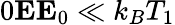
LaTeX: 0\le E\le E_{0}\ll k_{B}T_{1}